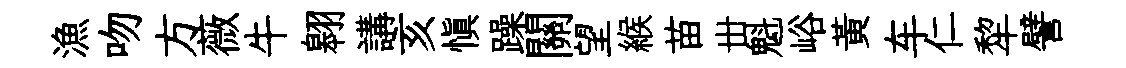
漁吻方薇牛翱講亥慎躁關望緱苗丗魁峪黄车仁犂譬